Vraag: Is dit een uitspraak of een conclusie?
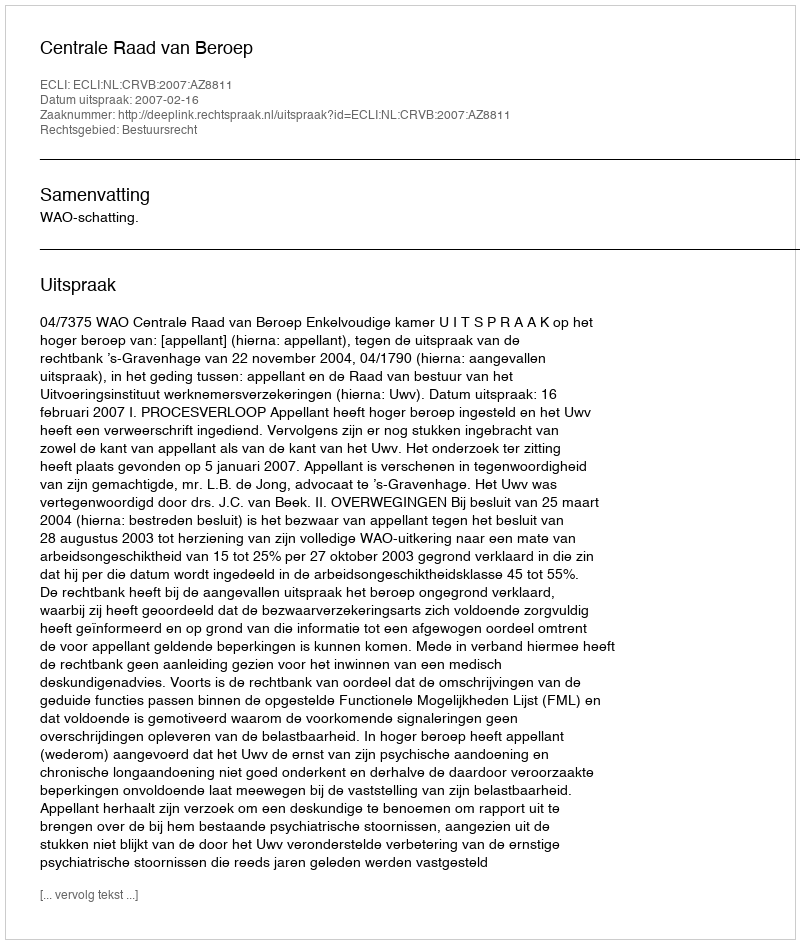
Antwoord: Uitspraak